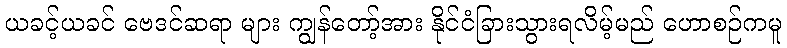
ယခင့်ယခင် ဗေဒင်ဆရာ များ ကျွန်တော့်အား နိုင်ငံခြားသွားရလိမ့်မည် ဟောစဉ်ကမူ